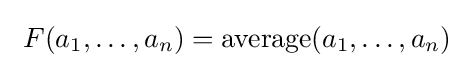
\ F(a_{1},\ldots ,a_{n})=\mathrm {average} (a_{1},\ldots ,a_{n})